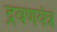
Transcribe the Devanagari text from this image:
द्रवणयंत्र